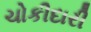
ચોકીદારી